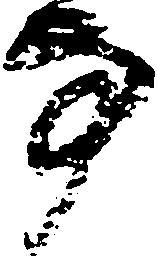
方